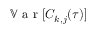
\mathbb { V } \textrm { a r } [ C _ { k , j } ( \tau ) ]